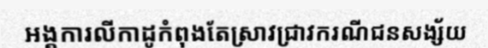
អង្គការលីកាដូកំពុងតែស្រាវជ្រាវករណីជនសង្ស័យ